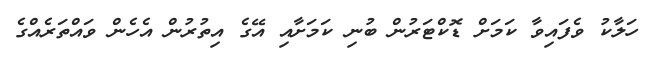
ހަލާކު ވެފައިވާ ކަމަށް ޑޮކްޓަރުން ބުނި ކަމަށާއި އޭގެ އިތުރުން އެހެން ވައްތަރެއްގެ